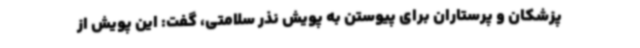
پزشکان و پرستاران برای پیوستن به پویش نذر سلامتی، گفت: این پویش از